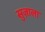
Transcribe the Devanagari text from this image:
सुज़ाला